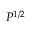
P ^ { 1 / 2 }